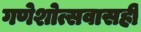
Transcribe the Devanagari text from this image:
गणेशोत्सवासही